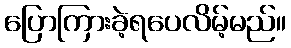
ပြောကြားခဲ့ရပေလိမ့်မည်။